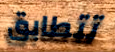
تتطابق